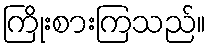
ကြိုးစားကြသည်။